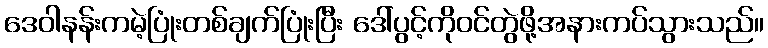
ဒေဝါနန်းကမဲ့ပြုံးတစ်ချက်ပြုံးပြီး ဒေါ်ပွင့်ကိုဝင်တွဲဖို့အနားကပ်သွားသည်။